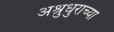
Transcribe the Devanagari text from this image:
अश्रुधुराच्या